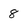
Character: 8